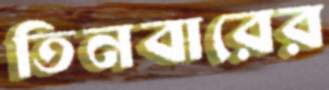
তিনবারের